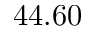
4 4 . 6 0